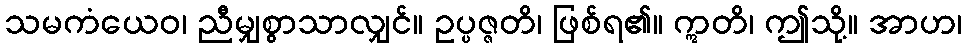
သမကံယေဝ၊ ညီမျှစွာသာလျှင်။ ဥပ္ပဇ္ဇတိ၊ ဖြစ်ရ၏။ ဣတိ၊ ဤသို့။ အာဟ၊